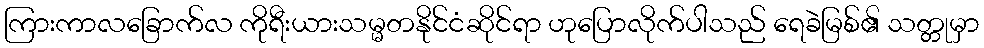
ကြားကာလခြောက်လ ကိုရီးယားသမ္မတနိုင်ငံဆိုင်ရာ ဟုပြောလိုက်ပါသည် ရေခဲမြစ်၏ သတ္တုမှာ